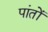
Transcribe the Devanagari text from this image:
पांतों